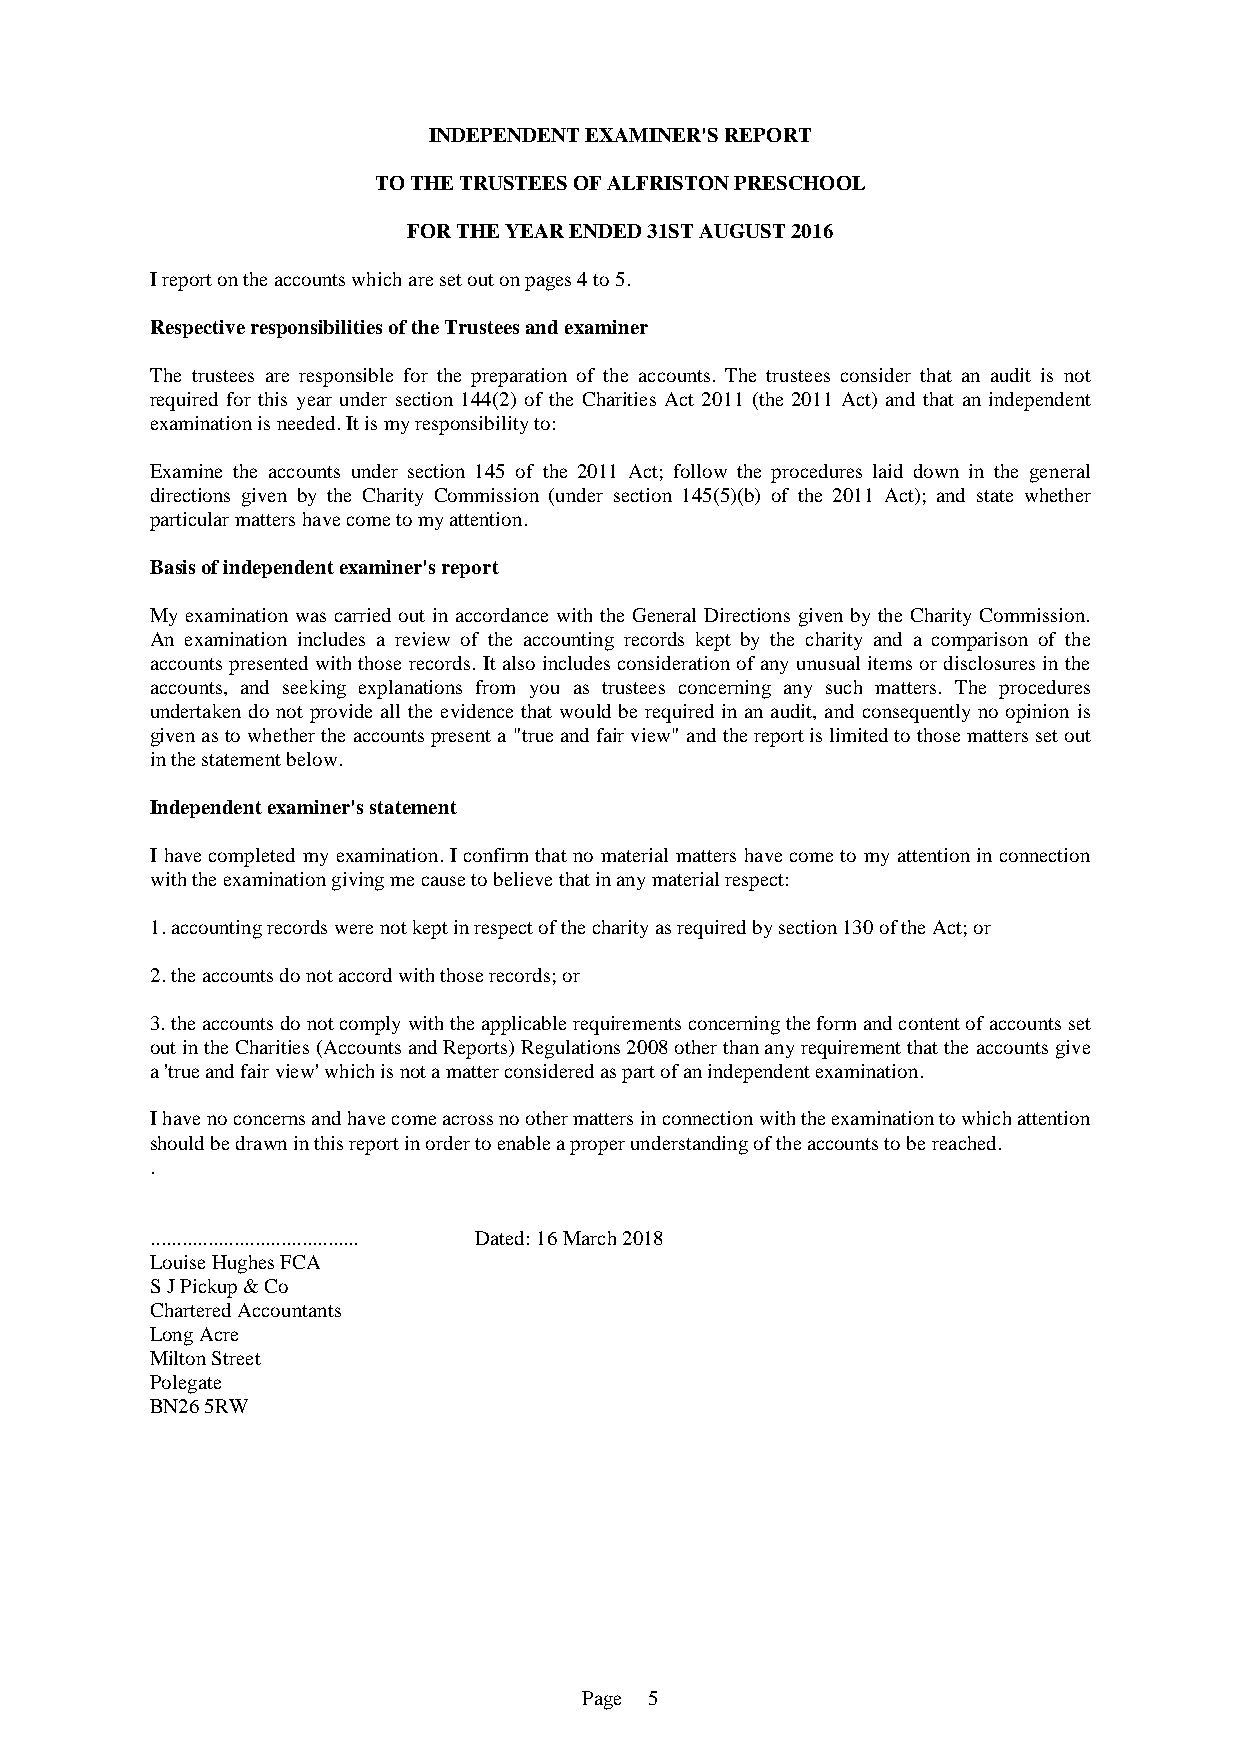
INDEPENDENT EXAMINER'S REPORT
 TO THE TRUSTEES OF ALFRISTON PRESCHOOL
 FOR THE YEAR ENDED 31ST AUGUST 2016
 I report on the accounts which are set out on pages 4 to 5.
 Respective responsibilities of the Trustees and examiner
 The trustees are responsible for the preparation of the accounts. The trustees consider that an audit is not
 required for this year under section 144(2) of the Charities Act 2011 (the 2011 Act) and that an independent
 examination is needed. It is my responsibility to:
 Examine the accounts under section 145 of the 2011 Act; follow the procedures laid down in the general
 directions given by the Charity Commission (under section 145(5)(b) of the 2011 Act); and state whether
 particular matters have come to my attention.
 Basis of independent examiner's report
 My examination was carried out in accordance with the General Directions given by the Charity Commission.
 An examination includes a review of the accounting records kept by the charity and a comparison of the
 accounts presented with those records. It also includes consideration of any unusual items or disclosures in the
 accounts, and seeking explanations from you as trustees concerning any such matters. The procedures
 undertaken do not provide all the evidence that would be required in an audit, and consequently no opinion is
 given as to whether the accounts present a "true and fair view" and the report is limited to those matters set out
 in the statement below.
 Independent examiner's statement
 I have completed my examination. I confirm that no material matters have come to my attention in connection
 with the examination giving me cause to believe that in any material respect:
 1. accounting records were not kept in respect of the charity as required by section 130 of the Act; or
 2. the accounts do not accord with those records; or
 3. the accounts do not comply with the applicable requirements concerning the form and content of accounts set
 out in the Charities (Accounts and Reports) Regulations 2008 other than any requirement that the accounts give
 a 'true and fair view' which is not a matter considered as part of an independent examination.
 I have no concerns and have come across no other matters in connection with the examination to which attention
 should be drawn in this report in order to enable a proper understanding of the accounts to be reached.
 .
 ........................................ Dated: 16 March 2018
 Louise Hughes FCA
 S J Pickup & Co
 Chartered Accountants
 Long Acre
 Milton Street
 Polegate
 BN26 5RW
 Page 5